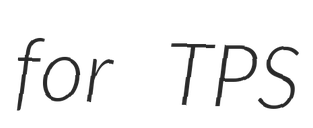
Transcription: for TPS